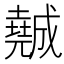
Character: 𡓖